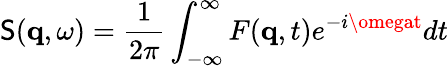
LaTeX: \mathsf{S}(\mathbf{{q}},\omega)=\frac{{1}}{{2\pi}}\int_{-\infty}^{\infty}F(\mathbf{{q}},t)e^{-i\omegat}dt